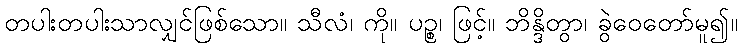
တပါးတပါးသာလျှင်ဖြစ်သော။ သီလံ၊ ကို။ ပဉ္စ၊ ဖြင့်။ ဘိန္ဒိတွာ၊ ခွဲဝေတော်မူ၍။